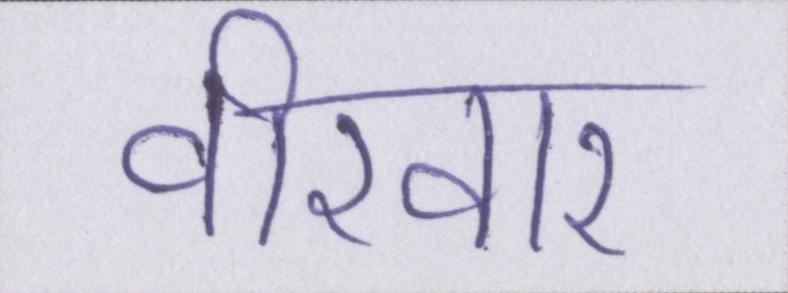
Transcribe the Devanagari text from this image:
वीरवार